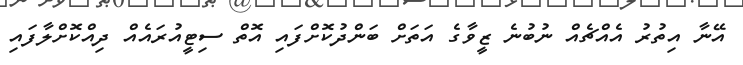
އޭނާ އިތުރު އެއްޗެއް ނުބުނެ ޒީވާގެ އަތަށް ބަންދުކޮށްފައި އޮތް ސިޓީއުރައެއް ދިއްކޮށްލާފައި